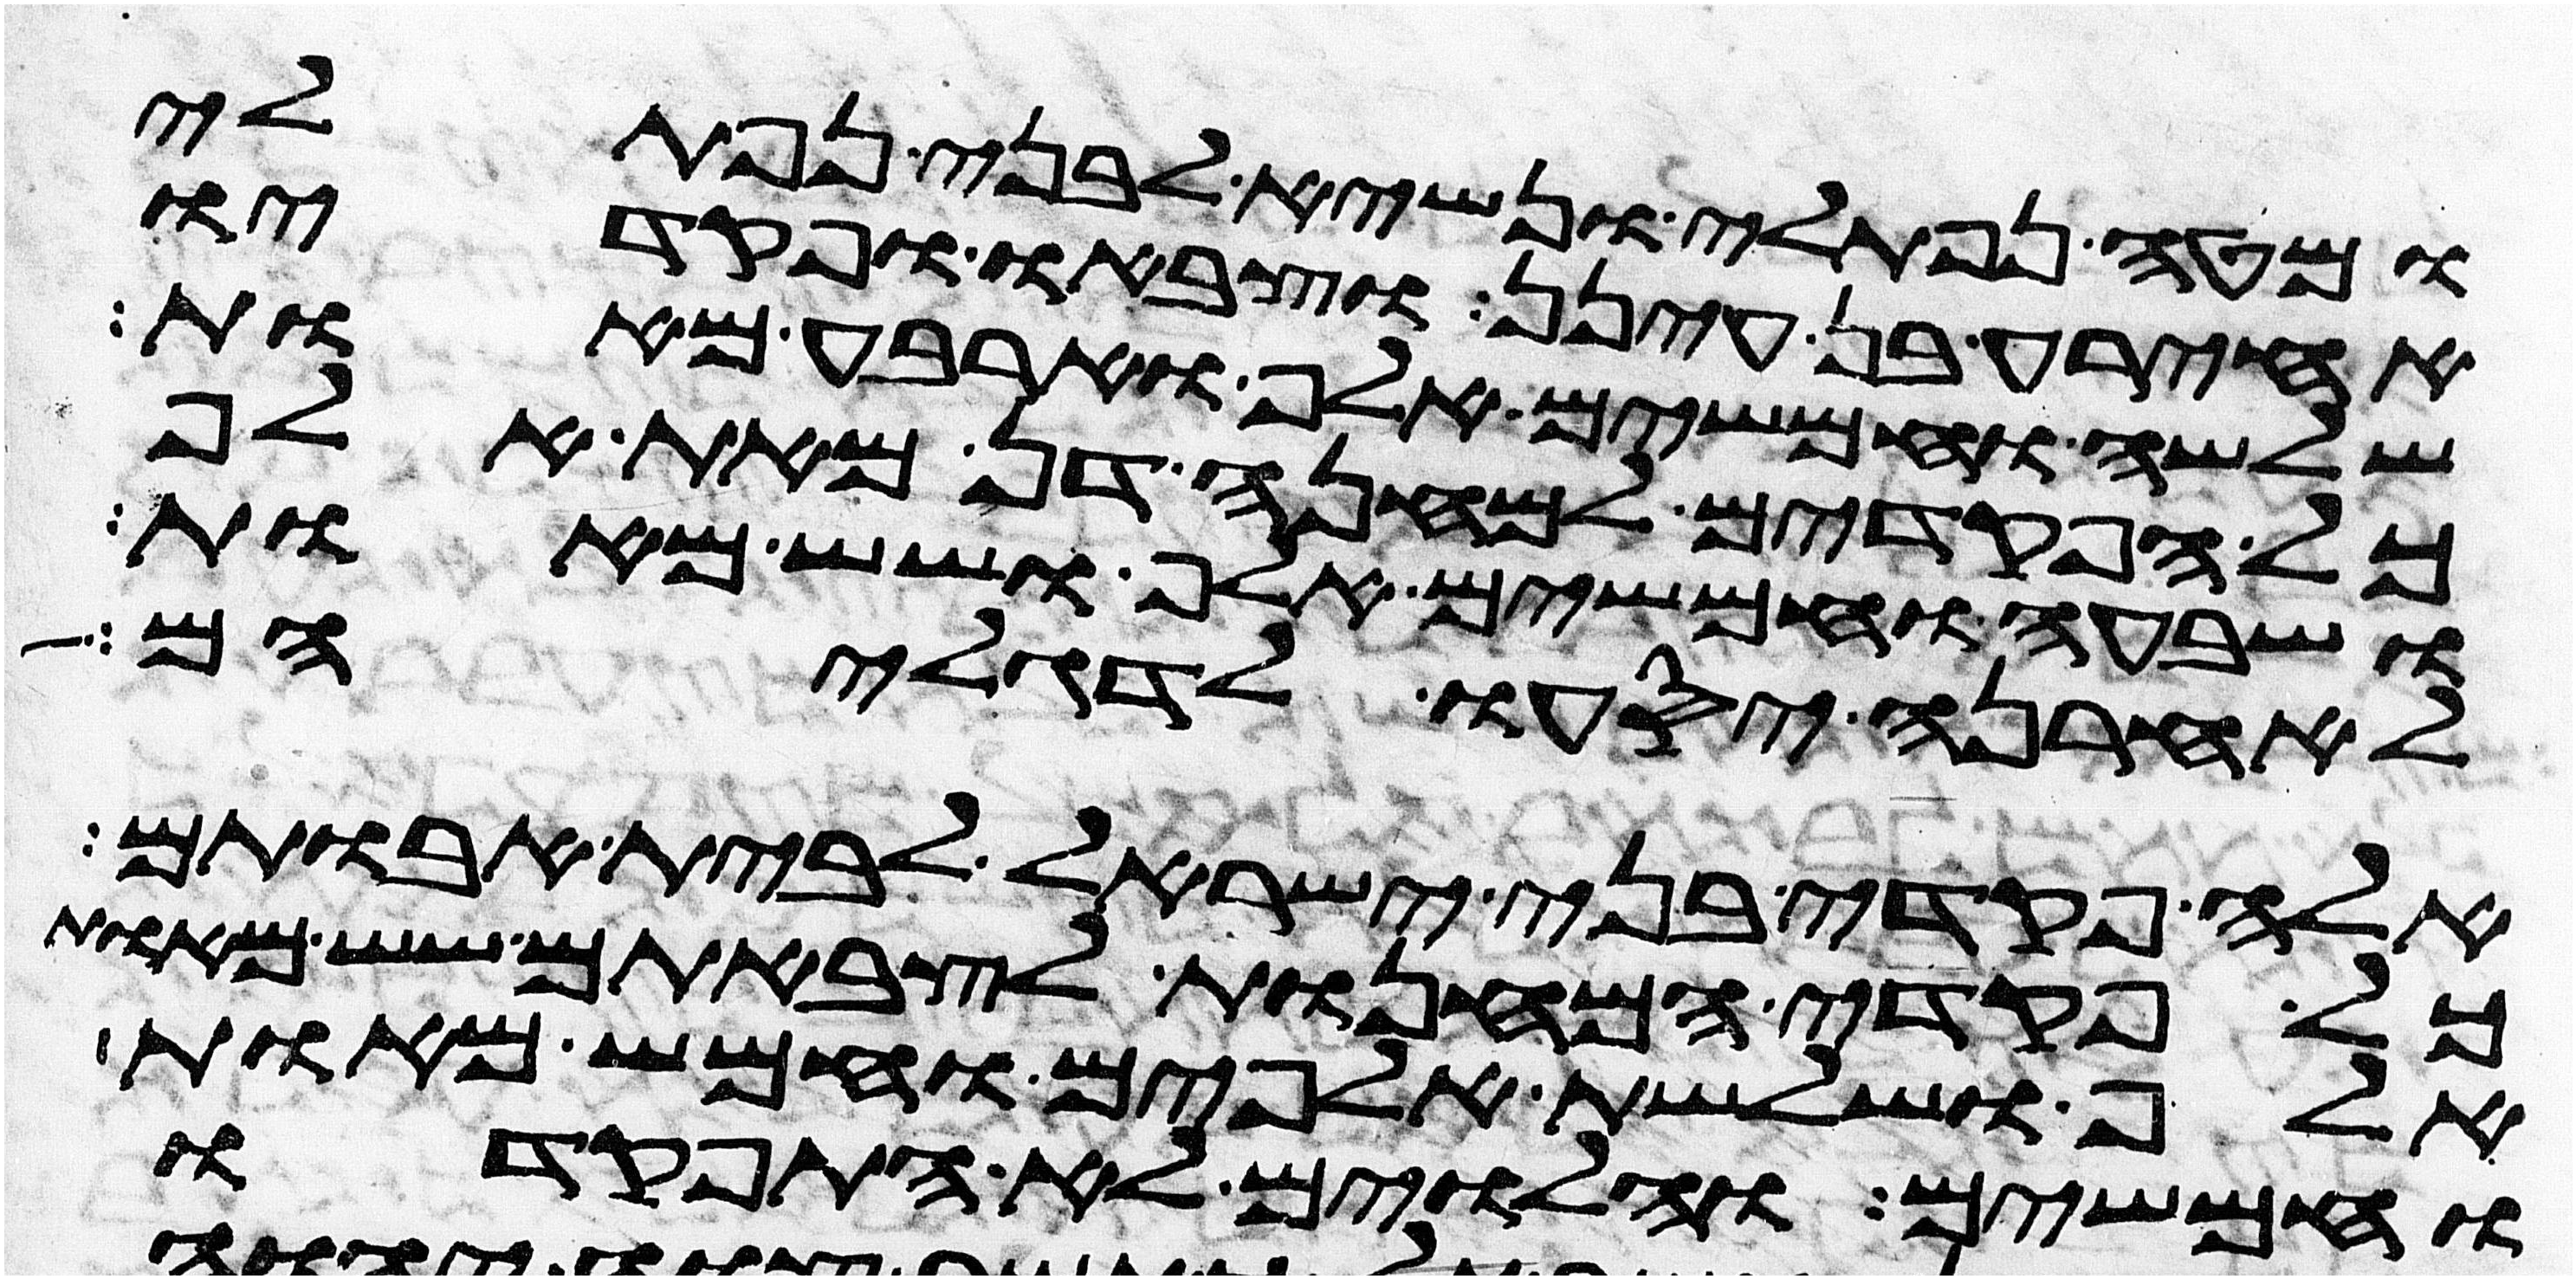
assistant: ומטה נפתלי ונשיא לבני נפתלי
אחירע בן עינן וצבאו ופקדיו
שלשה וחמשים אלף וארבע מאות
כל הפקדים למחנה דן מאת אלף
ושבעה וחמשים אלף ושש מאות
לאחרנה יסעו לדגליהם
אלה פקדי בני ישראל לבית אבותם
כל פקדי המחנות לצבאתם שש מאות
אלף ושלשת אלפים וחמש מאות
וחמשים והלוים לא התפקדו